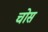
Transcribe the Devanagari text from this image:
चोस